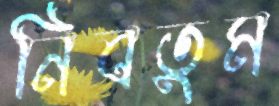
নিবতুম